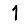
Digit: 1